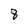
Character: 8